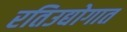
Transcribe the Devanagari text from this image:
रतिउद्योगात